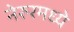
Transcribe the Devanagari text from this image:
नेरुरमध्ये